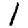
Digit: 1